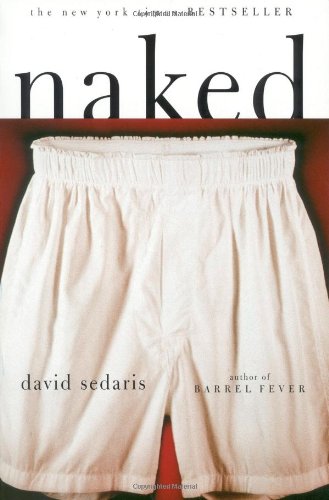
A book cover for Naked; David Sedaris; Humor & Entertainment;